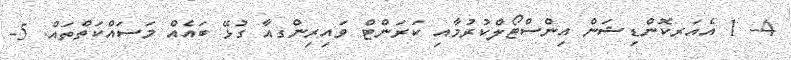
4- 1 އެއަރކޮންޑިޝަން އިންސްޓޯލްކުރުމާއި ކަރަންޓް ވައިރިންގއާ ގުޅޭ ބައެއް މަސައްކަތްތައް. 5-